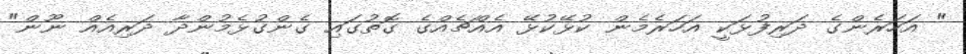
" އަހަރެންގެ ދަރިފުޅަކީ އަހަރެމެން ކުޅޭކުޅޭ އެއްޗެއްގެ ގޮތުގައި ގެންގުޅެމުންދާ ދަރިއެއް ނޫން"